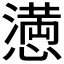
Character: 𢡛